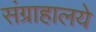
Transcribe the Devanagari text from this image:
संग्राहालये